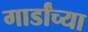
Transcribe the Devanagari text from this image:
गार्डांच्या